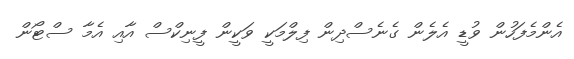
އެންމެފަހުން ވުޑީ އެލެން ގެނެސްދިން ފިލްމަކީ ވަކީން ފީނިކްސް އާއި އެމާ ސްޓޯން